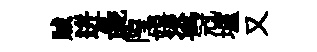
賊迸彘隍嬉盗冠壚又